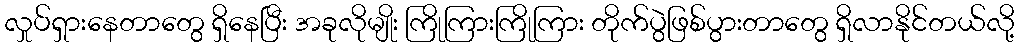
လှုပ်ရှားနေတာတွေ ရှိနေပြီး အခုလိုမျိုး ကြိုကြားကြိုကြား တိုက်ပွဲဖြစ်ပွားတာတွေ ရှိလာနိုင်တယ်လို့